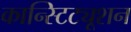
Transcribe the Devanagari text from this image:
कान्स्टिट्यूशन